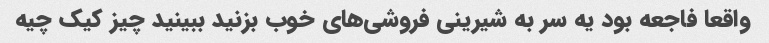
واقعا فاجعه بود یه سر به شیرینی فروشی‌های خوب بزنید ببینید چیز کیک چیه